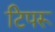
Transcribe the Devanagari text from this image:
टिपरू